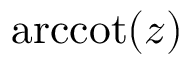
\operatorname { a r c c o t } ( z )